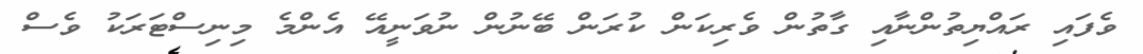
ވެފައި ރައްޔިތުންނާއި ގާތުން ވެރިކަން ކުރަން ބޭނުން ނުވަނީއޭ އެންމެ މިނިސްޓަރަކު ވެސް